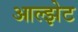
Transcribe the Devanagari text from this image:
आल्झेट